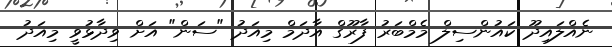
ނެއްލައިދޫ ކައުންސިލް މެމްބަރު ފާރޫގް އާދަމް މިއަދު "ސަން" އަށް ވިދާޅުވީ މިއަދު